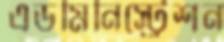
এডমিনিস্ট্রেশন